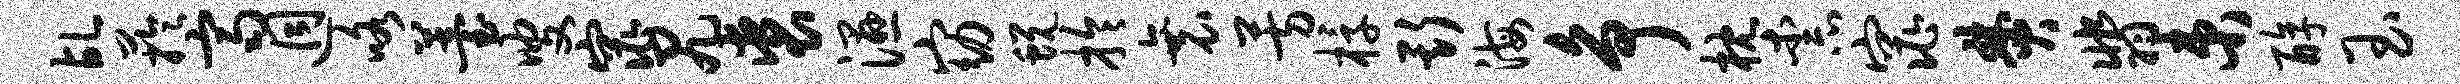
乩芋齐迥咯薹叟窕尻裘湿窈蜕拎衰芳椁斯海争枕柰窕焚翡束醇玉